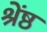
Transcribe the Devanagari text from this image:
श्रेंष्ठ